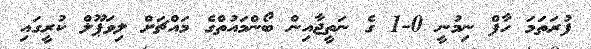
ފުރަތަމަ ހާފް ނިމުނީ 0-1 ގެ ނަތީޖާއިން ބޯންމައުތްގެ މައްޗަށް ލިވަޕޫލް ކުރީގައި